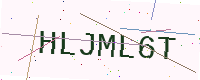
Text: HLJML6T